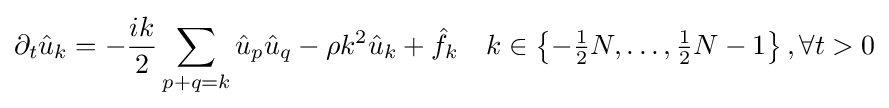
\partial _{t}{\hat {u}}_{k}=-{\frac {ik}{2}}\sum _{p+q=k}{\hat {u}}_{p}{\hat {u}}_{q}-\rho {}k^{2}{\hat {u}}_{k}+{\hat {f}}_{k}\quad k\in \left\{-{\tfrac {1}{2}}N,\dots ,{\tfrac {1}{2}}N-1\right\},\forall t>0